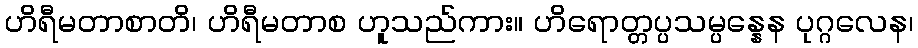
ဟိရီမတာစာတိ၊ ဟိရီမတာစ ဟူသည်ကား။ ဟိရောတ္တပ္ပသမ္ပန္နေန ပုဂ္ဂလေန၊